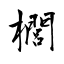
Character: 櫚